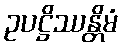
ဥပဋ္ဌိဿန္တိမံ